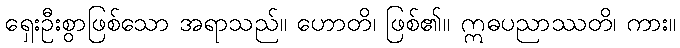
ရှေးဦးစွာဖြစ်သော အရာသည်။ ဟောတိ၊ ဖြစ်၏။ ဣဓပညာဿတိ၊ ကား။